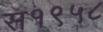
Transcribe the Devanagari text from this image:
स१९५८